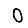
Digit: 0